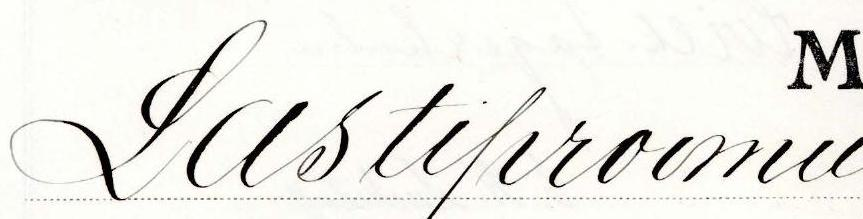
Lastiproomu